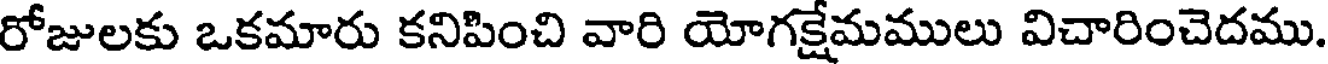
రోజులకు ఒకమారు కనిపించి వారి యోగక్షేమములు విచారించెదము